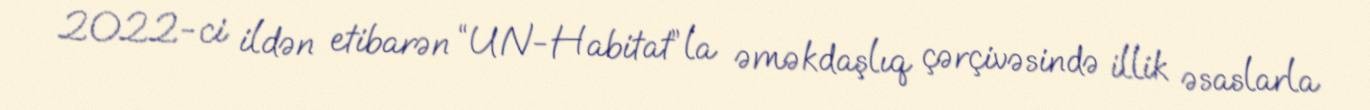
2022-ci ildən etibarən “UN-Habitat”la əməkdaşlıq çərçivəsində illik əsaslarla